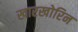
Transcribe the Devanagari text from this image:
खारखोरिन